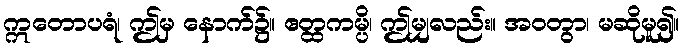
ဣတောပရံ၊ ဤမှ နောက်၌။ ဧတ္ထကမ္ပိ၊ ဤမျှလည်း။ အဝတွာ၊ မဆိုမူ၍။